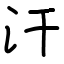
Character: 汗